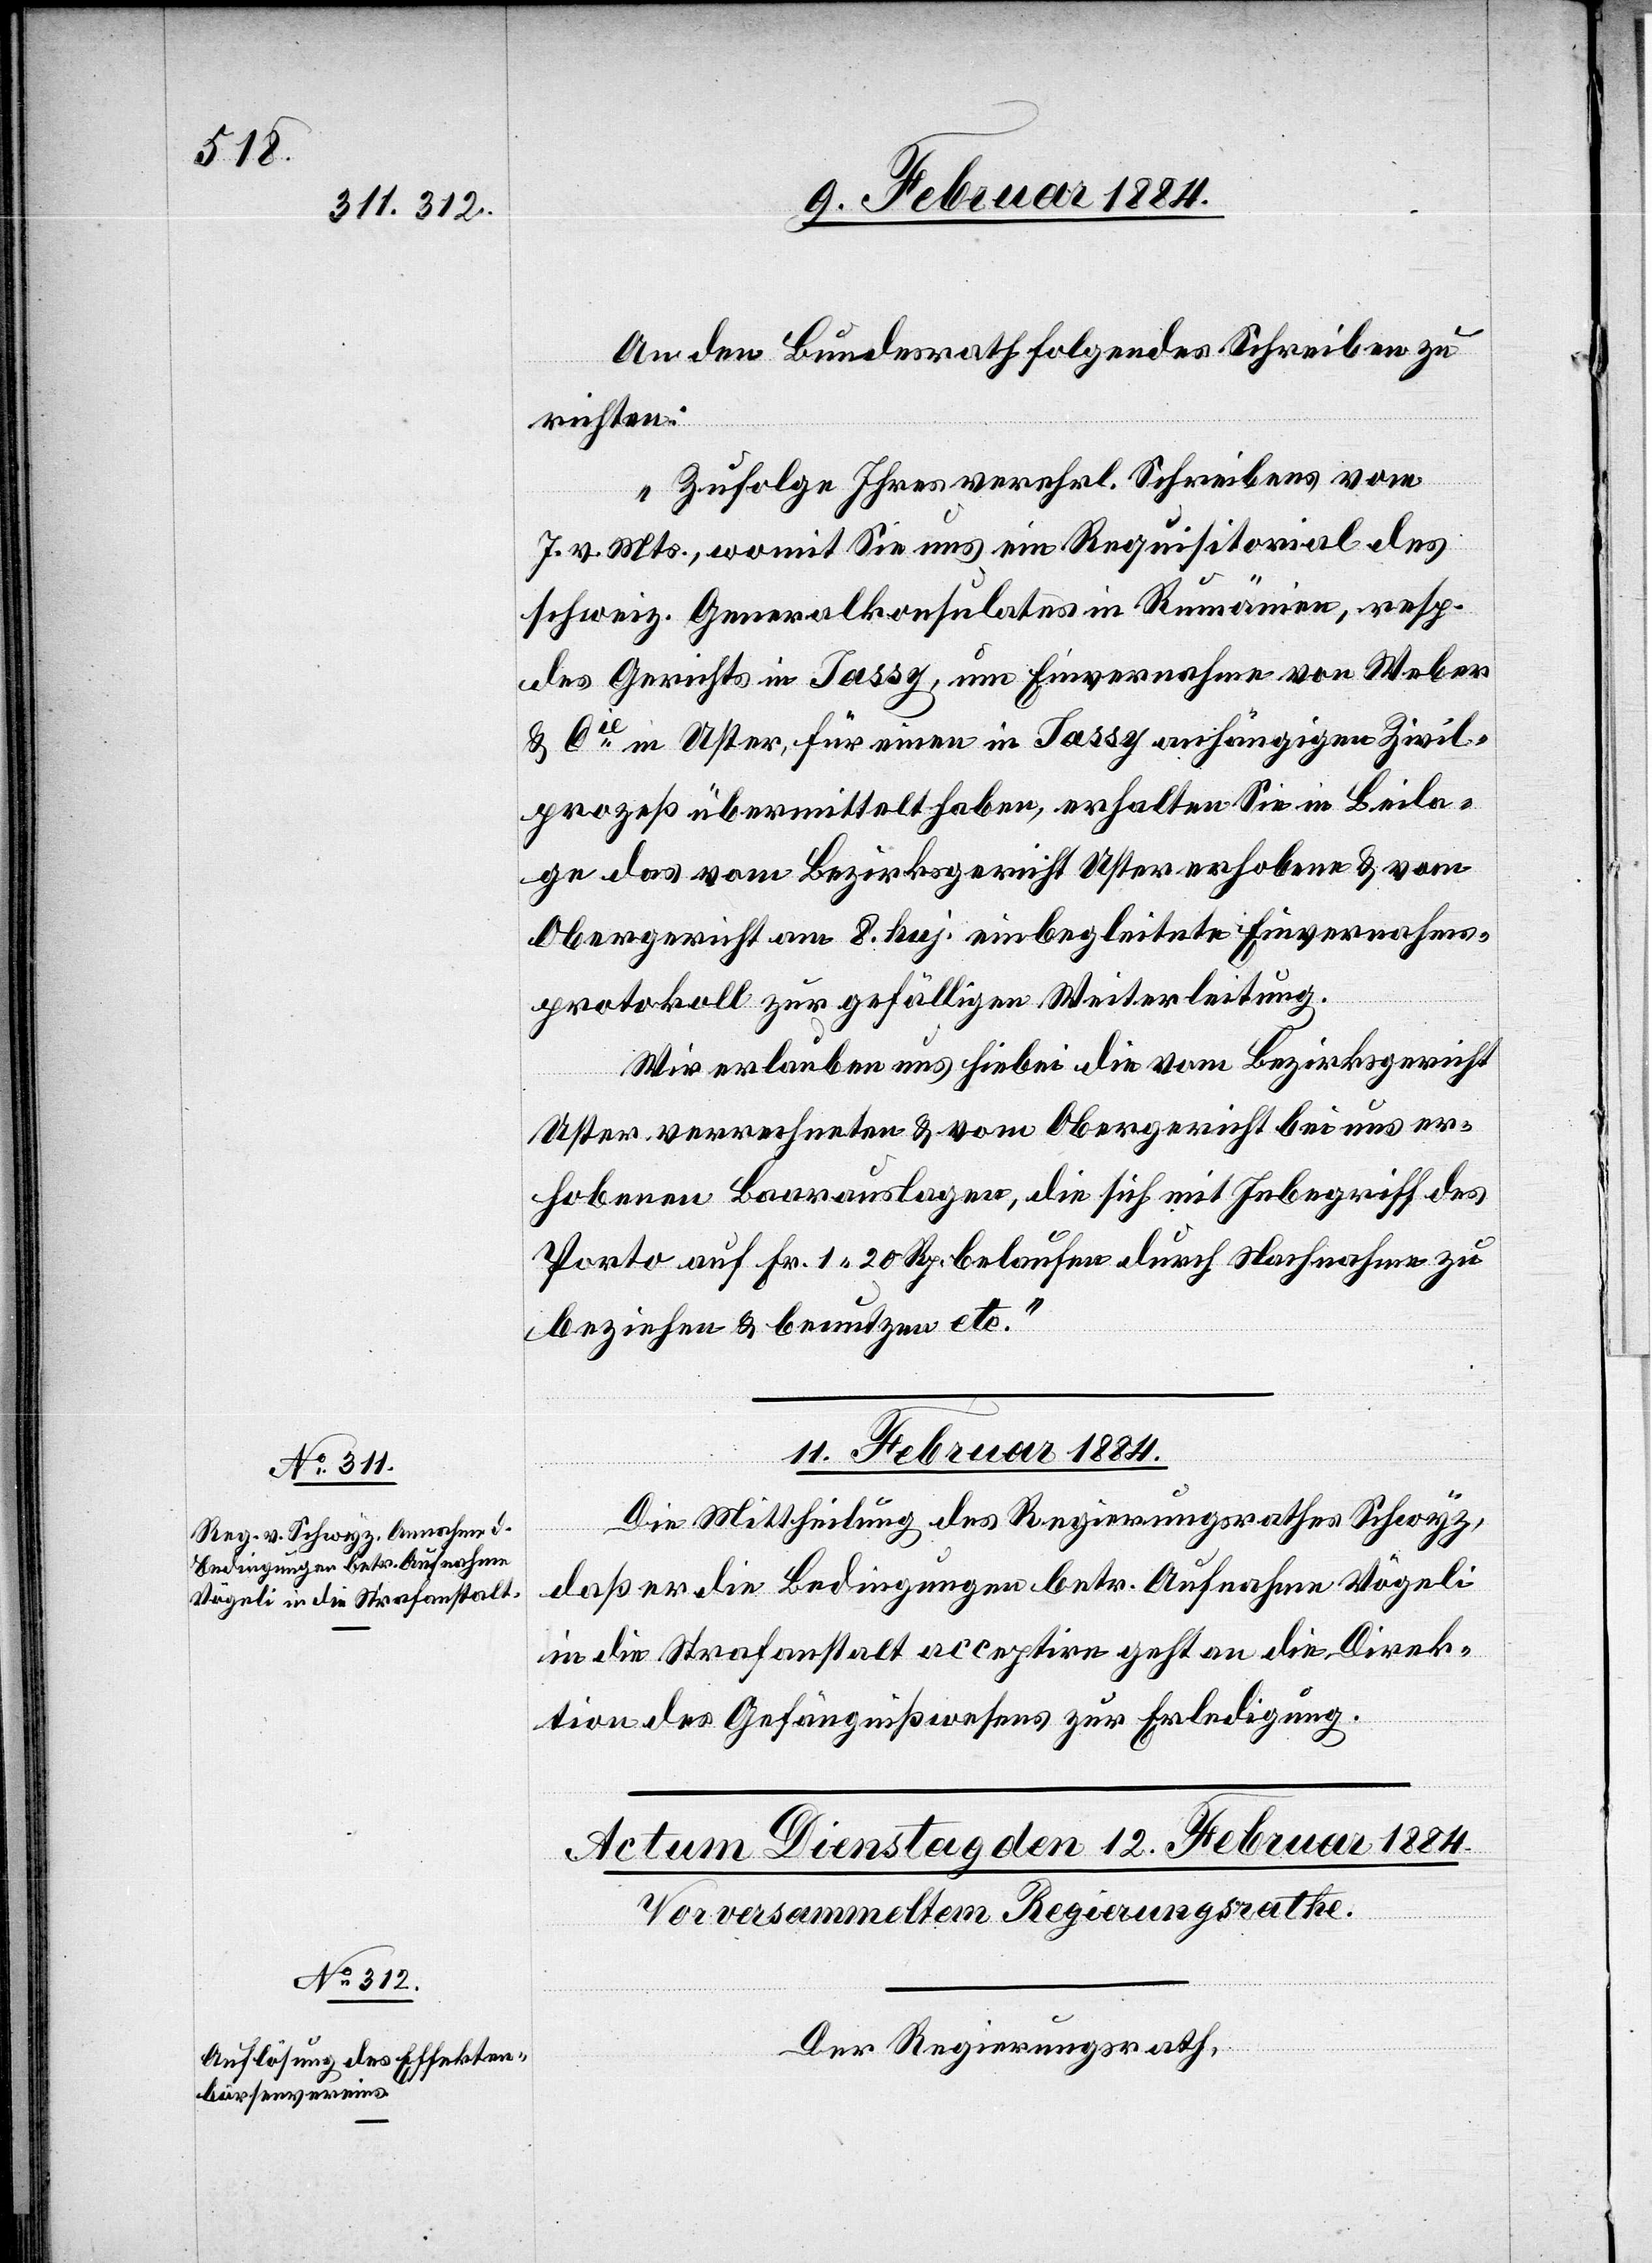
An den Bundesrath folgendes Schreiben zu
richten:
„Zufolge Ihres verehrl. Schreibens vom
7. v. Mts., womit Sie uns ein Requisitorial des
schweiz. Generalkonsulates in Rumänien, resp.
des Gerichts in Jassy, um Einvernahme von Weber
& Cie in Uster, für einen in Jassy anhängigen Zivil¬
prozeß übermittelt haben, erhalten Sie in Beila¬
ge das vom Bezirksgericht Uster erhobene & vom
Obergericht am 8. huj. einbegleitete Einvernahms¬
protokoll zur gefälligen Weiterleitung.
Wir erlauben uns hiebei die vom Bezirksgericht
Uster verrechneten & vom Obergericht bei uns er¬
hobenen Baarauslagen, die sich mit Inbegriff des
Porto auf Fr. 1 20 Rp. belaufen durch Nachnahme zu
beziehen & benutzen etc.“
11. Februar 1884.
Die Mittheilung des Regierungsrathes Schwyz,
daß er die Bedingungen betr. Aufnahme Vögeli
in die Strafanstalt acceptire geht an die Direk¬
tion des Gefängnißwesens zur Erledigung.
Der Regierungsrath,